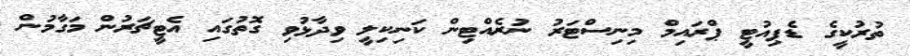
ތުރުކީގެ ޑެޕިއުޓީ ޕްރައިމް މިނިސްޓަރު ނުރެއްޓިން ކަނިކިލީ ވިދާޅުވި ގޮތުގައި އެޓީޗަރުން މަގާމުން